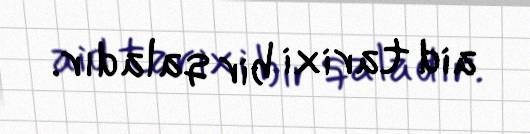
aid tarixi bir qaladır.